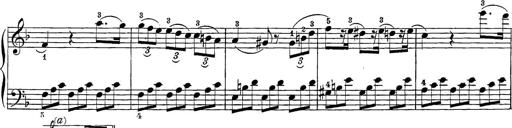
Title: 12 Sonatine per Pianoforte
Composer: Friedrich Kuhlau